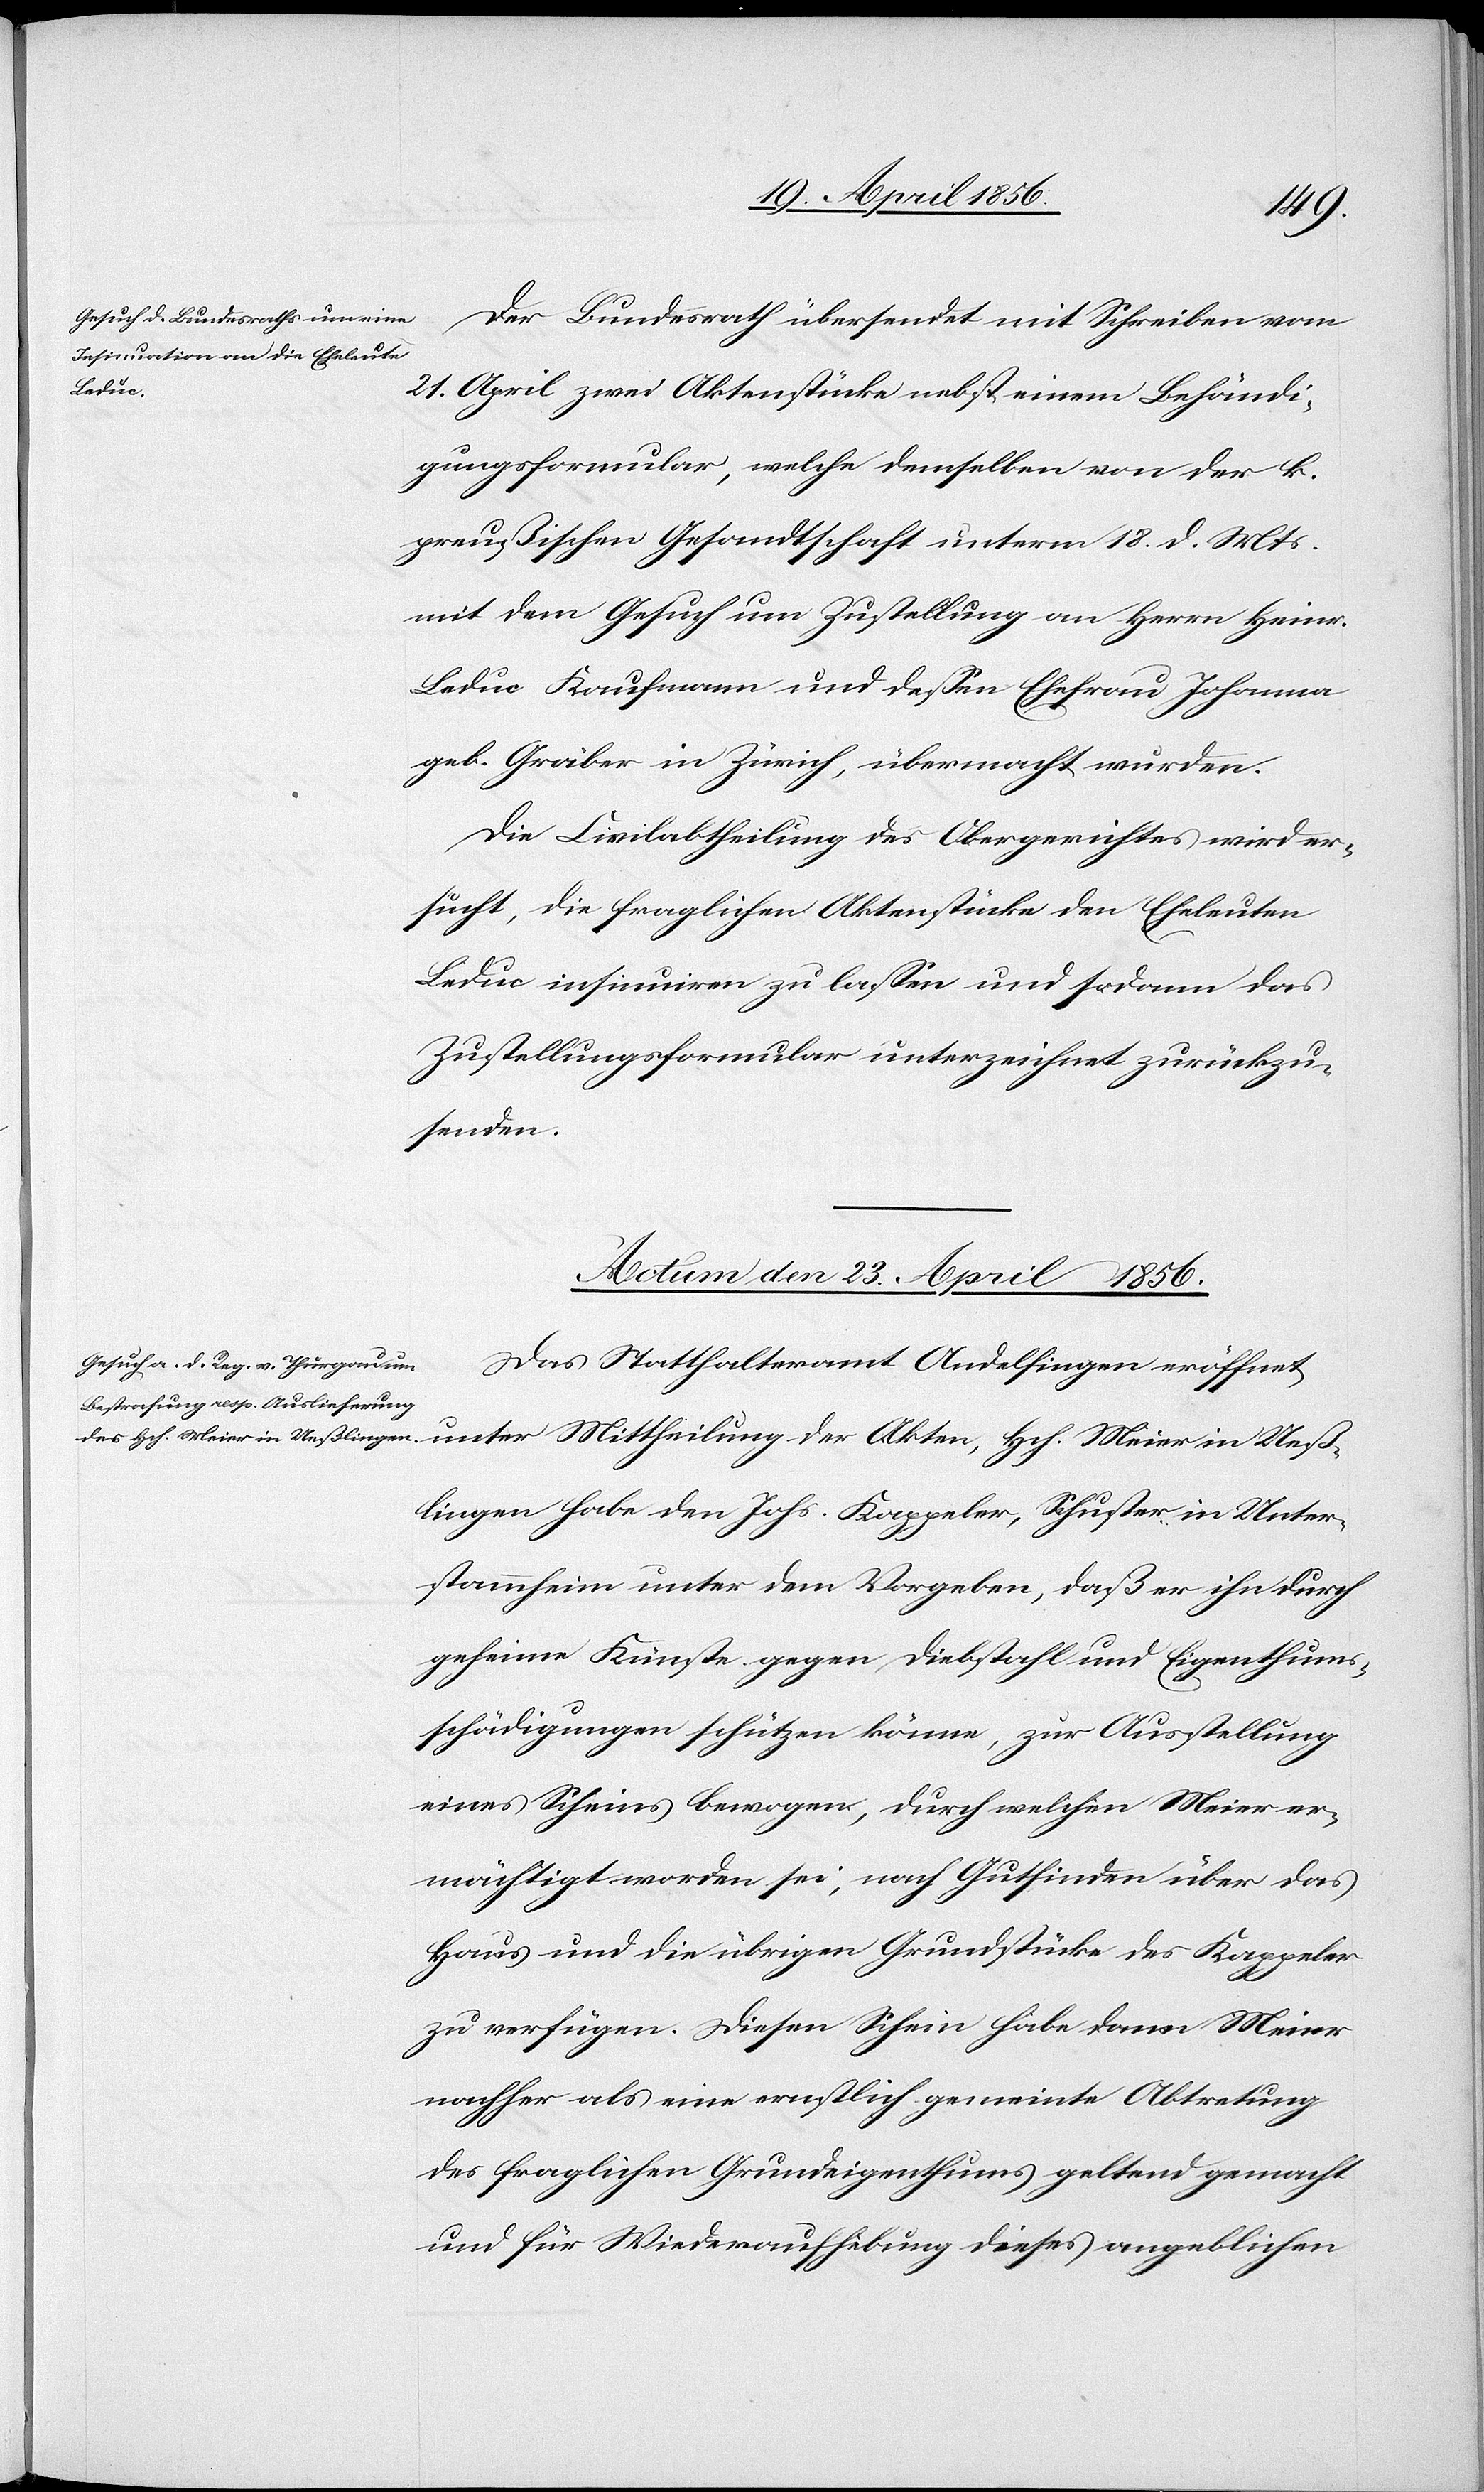
Ueß¬
Der Bundesrath übersendet mit Schreiben vom
21. April zwei Aktenstücke nebst einem Behändi¬
gungsformular, welche demselben von der k.
preußischen Gesandtschaft unterm 18. d. Mts.
mit dem Gesuch um Zustellung an Herrn Heinr.
Leduc Kaufmann und dessen Ehefrau Johanna
geb. Gräber in Zürich, übermacht wurden.
Die Civilabtheilung des Obergerichtes wird er¬
sucht, die fraglichen Aktenstücke den Eheleuten
Leduc insinuiren zu lassen und sodann das
Zustellungsformular unterzeichnet zurückzu¬
senden.
Actum den 23. April 1856.
Das Statthalteramt Andelfingen eröffnet
lingen habe den Johs. Kappeler, Schuster in Unter¬
stammheim unter dem Vorgeben, daß er ihn durch
geheime Künste gegen Diebstahl und Eigenthums¬
schädigungen schützen könne, zur Ausstellung
eines Scheins bewogen, durch welchen Meier er¬
mächtigt worden sei, nach Gutfinden über das
Haus und die übrigen Grundstücke des Kappeler
zu verfügen. Diesen Schein habe dann Meier
nachher als eine ernstlich gemeinte Abtretung
des fraglichen Grundeigenthums geltend gemacht
und für Wiederaufhebung dieses angeblichen